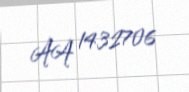
AA 1432706